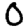
Digit: 0